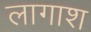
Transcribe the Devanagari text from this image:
लागाश